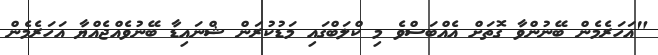
"އަހަރެމެން ބޭނުންވާ ގޮތަށް އެއްބަސްވެ މި ކްލަބްގައި މަޑުކުރަން ޝްނައިޑާ ބޭނުވެއްޖެއްޔާ އަހަރެމެން